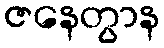
ဇနေတွာန